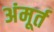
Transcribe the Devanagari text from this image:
अंमूर्त